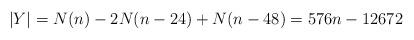
LaTeX: \begin{align*} |Y| = N(n) - 2 N(n-24) + N(n-48) = 576n - 12672\end{align*}